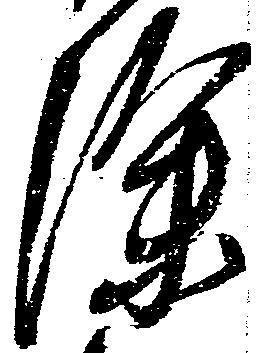
除